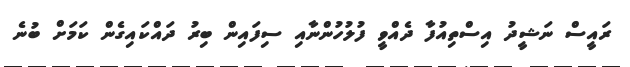
ރައީސް ނަޝީދު އިސްތިއުފާ ދެއްވީ ފުލުހުންނާއި ސިފައިން ބިރު ދައްކައިގެން ކަމަށް ބުނެ